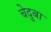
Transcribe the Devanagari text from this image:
चेदुबा